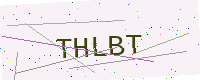
Text: THLBT